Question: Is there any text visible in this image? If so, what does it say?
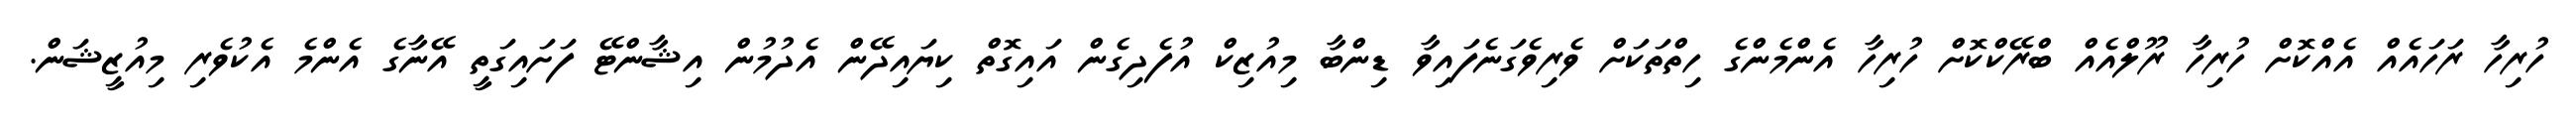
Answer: ހުރިހާ ރަހައެއް އެއްކޮށް ހުރިހާ ރޫލްއެއް ބްރޭކްކޮށް ހުރިހާ އެންމެންގެ ހިތްތަކަށް ވެރިވެގަނެފައިވާ ޑިންބާ މިއުޒިކް އުފެދިގެން އައިގޮތް ކިޔައިދޭން އެދުމުން އިޝާންޓޭ ފަށައިގަތީ އޭނާގެ އެންމެ އެކުވެރި މިއުޒީޝަން.